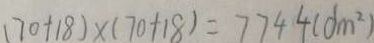
( 7 0 + 1 8 ) \times ( 7 0 + 1 8 ) = 7 7 4 4 ( d m ^ { 2 } )